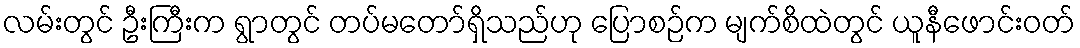
လမ်းတွင် ဦးကြီးက ရွာတွင် တပ်မတော်ရှိသည်ဟု ပြောစဉ်က မျက်စိထဲတွင် ယူနီဖောင်းဝတ်